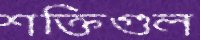
শক্তিগুল